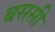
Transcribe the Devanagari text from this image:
बससी